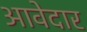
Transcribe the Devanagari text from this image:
आवेदार